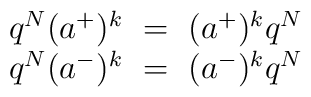
\begin{array}{c} q^N(a^+)^k~=~(a^+)^k q^N\\ q^N(a^-)^k~=~(a^-)^k q^N \end{array}